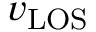
v _ { \mathrm { L O S } }